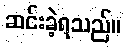
ဆင်းခဲ့ရသည်။